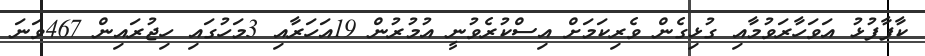
ކާފާފުޅު އަވަހާރަވުމާއި ގުޅިގެން ވެރިކަމަށް އިސްކުރެވުނީ އުމުރުން 19އަހަރާއި 3މަހުގައި ހިޖުރައިން 467ވަނަ